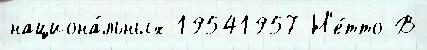
национа́льных 19541957 Н'е́тто В